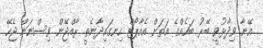
އޭނާ ވިދާޅުވީ ބޭރު ބައެއްގެ އަތަށް އެއާޕޯޓް ހިނގައިދާނެތީ ރާއްޖޭން ވިސްނަން ޖެހޭ